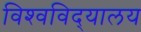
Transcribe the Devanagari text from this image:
विश्‍वविद्‍यालय